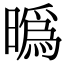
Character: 㬙